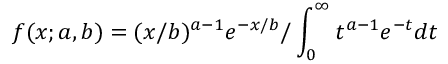
f ( x ; a , b ) = ( x / b ) ^ { a - 1 } e ^ { - x / b } / \int _ { 0 } ^ { \infty } t ^ { a - 1 } e ^ { - t } d t